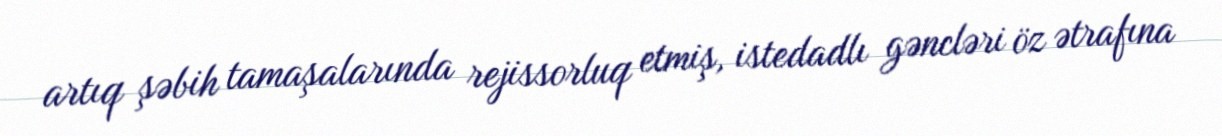
artıq şəbih tamaşalarında rejissorluq etmiş, istedadlı gəncləri öz ətrafına